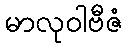
မာလုဝါဗီဇံ